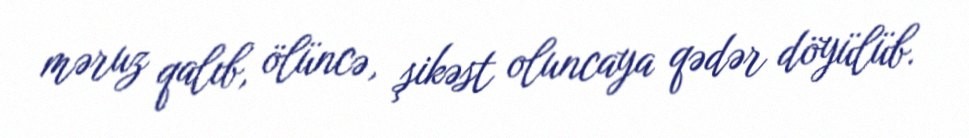
məruz qalıb, ölüncə, şikəst oluncaya qədər döyülüb.